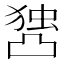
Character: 𰄖